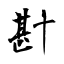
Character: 卙